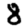
Digit: 8